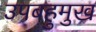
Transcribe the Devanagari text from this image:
उपबहुमुख